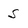
Character: S